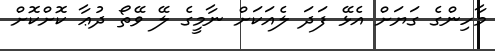
މާހިންގެ ގަޔަށް އެޅޭ ފަދަ ލެއަކަށް ނާމީގެ ލޭ ވޭތޯ ދުޢާ ކޮށްކޮށް